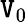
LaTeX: \mathtt{V}_{0}